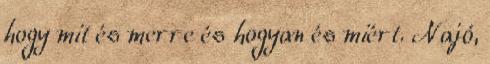
hogy mit és merre és hogyan és miért. Najó,